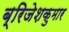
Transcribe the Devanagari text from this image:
ब्रिजेशकुमार